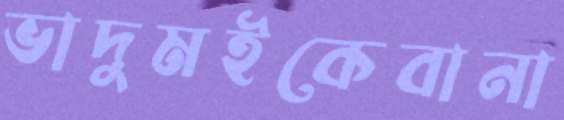
ভাদুমইকেবানা